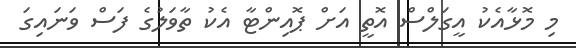
މި މޮޅާއެކު އީގަލްސް އޮތީ އަށް ޕޮއިންޓާ އެކު ތާވަލުގެ ފަސް ވަނައިގަ